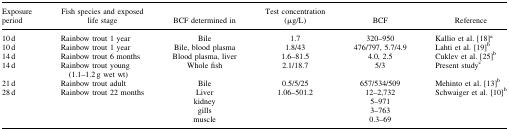
| Exposure period | Fish species and exposed life stage | BCF determined in | Test concentration (μg/L) | BCF | Reference |
 | --- | --- | --- | --- | --- | --- |
 | 10 d | Rainbow trout 1 year | Bile | 1.7 | 320–950 | Kallio et al. 18a |
 | 10 d | Rainbow trout 1 year | Bile, blood plasma | 1.8/43 | 476/797, 5.7/4.9 | Lahti et al. 19b |
 | 14 d | Rainbow trout 6 months | Blood plasma, liver | 1.6–81.5 | 4.0, 2.5 | Cuklev et al. 25b |
 | 14 d | Rainbow trout young (1.1–1.2 g wet wt) | Whole fish | 2.1/18.7 | 5/3 | Present studyc |
 | 21 d | Rainbow trout adult | Bile | 0.5/5/25 | 657/534/509 | Mehinto et al. 13b |
 | <ROWSPAN=4> 28 d | <ROWSPAN=4> Rainbow trout 22 months | Liver | <ROWSPAN=4> 1.06–501.2 | 12–2,732 | <ROWSPAN=4> Schwaiger et al. 10b |
 | kidney | 5–971 |
 | gills | 3–763 |
 | muscle | 0.3–69 |